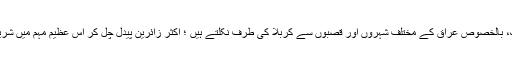
زیارت اربعین پر ائمہ کی تاکید کی بنا پر لاکھوں شیعہ دنیا کے مختلف ممالک، بالخصوص عراق کے مختلف شہروں اور قصبوں سے کربلا کی طرف نکلتے ہیں ؛ اکثر زائرین پیدل چل کر اس عظیم مہم میں شریک ہوتے ہیں اور یہ ریلیاں دنیا کی عظیم ترین مذہبی ریلیاں سمجھی جاتی ہیں۔